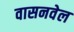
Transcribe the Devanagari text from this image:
वासनवेल